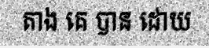
តាង គេ បាន ដោយ